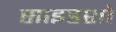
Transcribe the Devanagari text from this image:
साइडशो